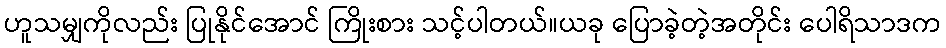
ဟူသမျှကိုလည်း ပြုနိုင်အောင် ကြိုးစား သင့်ပါတယ်။ယခု ပြောခဲ့တဲ့အတိုင်း ပေါရိသာဒက